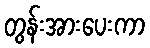
တွန်းအားပေးကာ